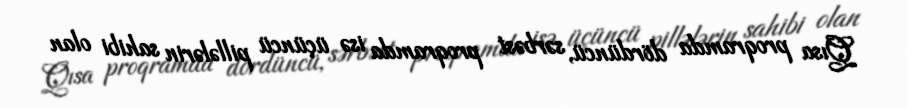
Qısa proqramda dördüncü, sərbəst proqramda isə üçüncü pillələrin sahibi olan